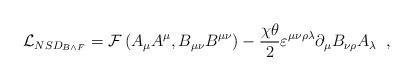
LaTeX: \begin{align*}\mathcal{L}_{NSD_{B \wedge F}}=\mathcal{F}\left( A_\mu A^\mu , B_{\mu \nu} B^{\mu \nu}\right)- \frac{\chi\theta}{2}\varepsilon^{\mu \nu \rho \lambda }\partial_\mu B_{\nu \rho} A_\lambda \;\; ,\end{align*}